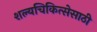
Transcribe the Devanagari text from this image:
शल्यचिकित्सेसाठी